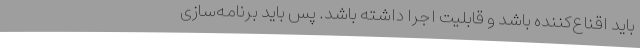
باید اقناع‌کننده باشد و قابلیت اجرا داشته باشد. پس باید برنامه‌سازی